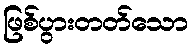
ဖြစ်ပွားတတ်သော